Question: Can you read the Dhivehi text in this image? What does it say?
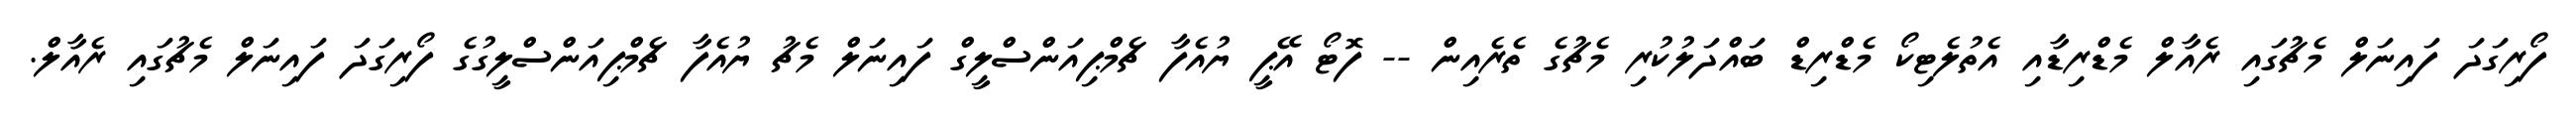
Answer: ފޯރިގަދަ ފައިނަލް މެޗުގައި ރެއާލް މެޑްރިޑާއި އެތުލެޓިކޯ މެޑްރިޑް ބައްދަލުކުރި މެޗުގެ ތެރެއިން -- ފޮޓޯ އޭޕީ ޔުއެފާ ޗެމްޕިއަންސްލީގް ފައިނަލް މެޗު ޔުއެފާ ޗެމްޕިއަންސްލީގުގެ ފޯރިގަދަ ފައިނަލް މެޗުގައި ރެއާލް.